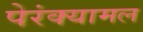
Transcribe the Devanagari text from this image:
पेरंक्यामल